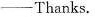
___Thanks.